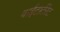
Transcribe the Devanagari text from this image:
वाईटार्टरेट